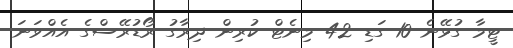
ޓީމާ ގުޅޭނެ 10 ގަޑި 42 މިނެޓް ކުރިން ދިރާގު ރޯޑުރޭސްގެ އެއްވަނަ